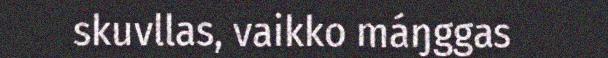
skuvllas, vaikko máŋggas